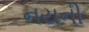
નયની